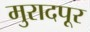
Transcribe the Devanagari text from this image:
मुरादपूर